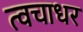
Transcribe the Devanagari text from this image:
त्वचाधर